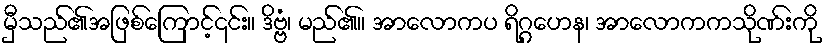
မှီသည်၏အဖြစ်ကြောင့်၎င်း။ ဒိဗ္ဗံ၊ မည်၏။ အာလောကပ ရိဂ္ဂဟေန၊ အာလောကကသိုဏ်းကို